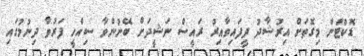
ޑޮކްޓަުން މިގޮތަށް އިރުޝާދު ދީފައިވާއިރު ރައީސް ނަޝީދަށް ބޭނުންވާ ސިއްހީ ފަރުވާ ދިނުމުގައި